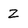
Character: Z